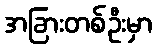
အခြားတစ်ဦးမှာ